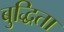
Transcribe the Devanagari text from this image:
बुद्धिता